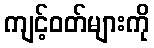
ကျင့်ဝတ်များကို